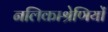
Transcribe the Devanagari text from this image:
नलिकाश्रेणियों